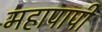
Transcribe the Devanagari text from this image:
महापापी